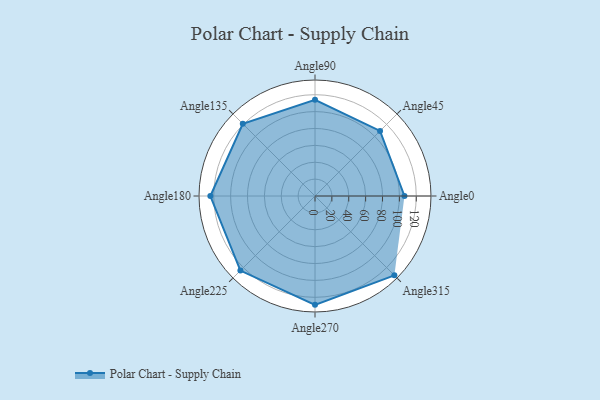
{"axis": {"x": "Angle", "y": "Radius"}, "legend": [""], "data": [{"x": "Angle0", "y": 106.0, "type": ""}, {"x": "Angle45", "y": 109.0, "type": ""}, {"x": "Angle90", "y": 114.0, "type": ""}, {"x": "Angle135", "y": 121.0, "type": ""}, {"x": "Angle180", "y": 124.0, "type": ""}, {"x": "Angle225", "y": 125.0, "type": ""}, {"x": "Angle270", "y": 129.0, "type": ""}, {"x": "Angle315", "y": 133.0, "type": ""}]}